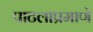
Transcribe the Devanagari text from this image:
पाटलाप्रमाणे